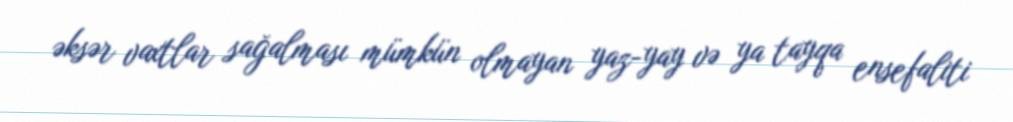
əksər vaxtlar sağalması mümkün olmayan yaz-yay və ya tayqa ensefaliti